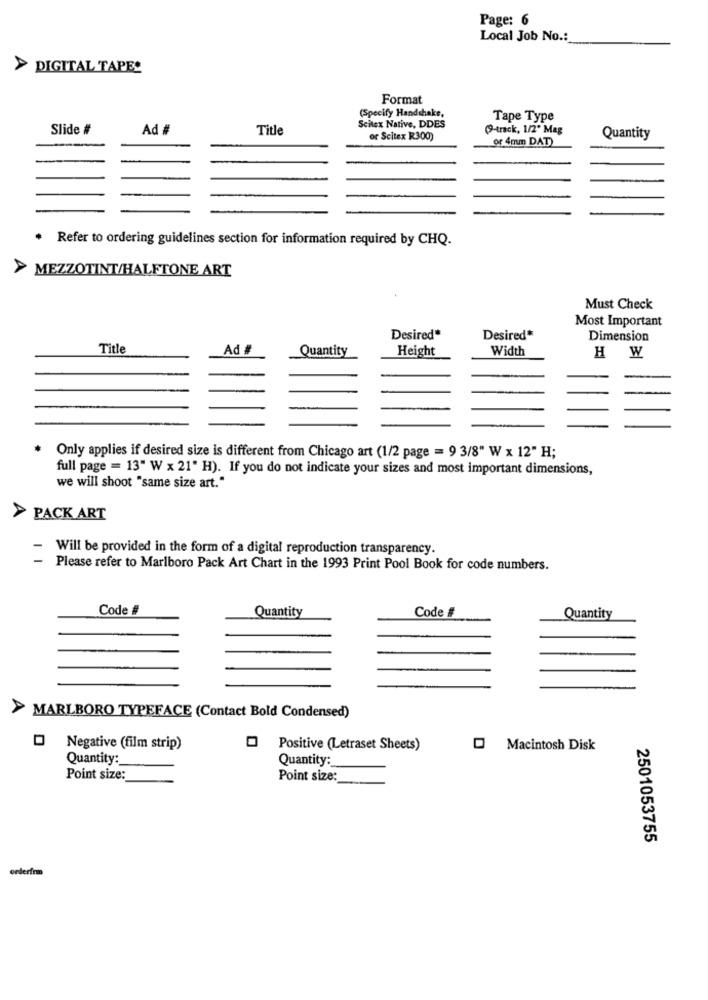
Page: 6
Local Job No .:
> DIGITAL TAPE.
Format
(Specify Handshake,
Tape Type
Slide #
Ad #
Title
Scitex Native, DDES
(9-track, 1/2" Mag
or Scitex R300)
or 4mm DAT)
Quantity
· Refer to ordering guidelines section for information required by CHQ.
> MEZZOTINT/HALFTONE ART
Must Check
Most Important
Desired*
Desired*
Dimension
Title
Ad #
Quantity
Height
Width
H W
* Only applies if desired size is different from Chicago art (1/2 page = 9 3/8" W x 12" H;
full page = 13" W x 21" H). If you do not indicate your sizes and most important dimensions,
we will shoot "same size art."
> PACK ART
Will be provided in the form of a digital reproduction transparency.
Please refer to Marlboro Pack Art Chart in the 1993 Print Pool Book for code numbers.
Code #
Code #
Quantity
Quantity
MARLBORO TYPEFACE (Contact Bold Condensed)
Negative (film strip)
Positive (Letraset Sheets)
Macintosh Disk
Quantity:
Quantity :_
Point size:
Point size:
2501053755
orderfr